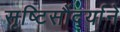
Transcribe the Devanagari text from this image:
सृष्टिसौंदर्याने